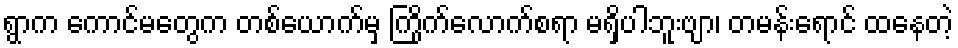
ရွာက ကောင်မတွေက တစ်ယောက်မှ ကြိုက်လောက်စရာ မရှိပါဘူးဗျာ၊ တမန်းရောင် ထနေတဲ့